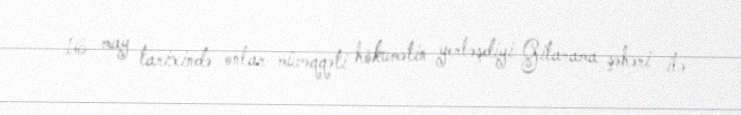
16 may tarixində onlar müvəqqəti hökumətin yerləşdiyi Gitarama şəhəri ilə